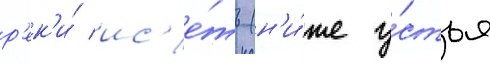
р'ек'и́ ис'е́ть (н'и́же у́стья